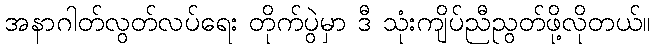
အနာဂါတ်လွတ်လပ်ရေး တိုက်ပွဲမှာ ဒီ သုံးကျိပ်ညီညွတ်ဖို့လိုတယ်။